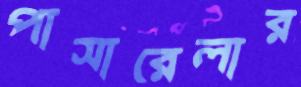
পাসারেলার